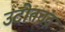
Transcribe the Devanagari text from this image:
उदोतचंद्र